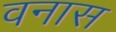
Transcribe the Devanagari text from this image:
वनास